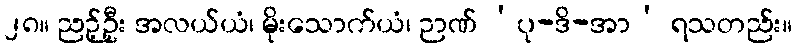
၂၈။ ညဉ့်ဦး အလယ်ယံ၊ မိုးသောက်ယံ၊ ဉာဏ် ‘ပု-ဒိ-အာ’ ရသတည်း။